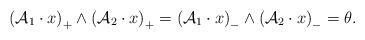
LaTeX: \begin{align*} \left ( \mathcal{A}_{1}\cdot x \right )_{+} \wedge \left ( \mathcal{A}_{2}\cdot x \right )_{+} =\left ( \mathcal{A}_{1}\cdot x \right )_{-} \wedge \left ( \mathcal{A}_{2}\cdot x \right )_{-}=\theta. \end{align*}